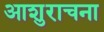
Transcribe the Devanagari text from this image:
आशुराचना